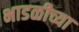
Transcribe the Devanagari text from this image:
भाडळीच्या